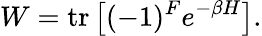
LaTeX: W=\mathrm{tr}\left[(-1)^{F}e^{-\beta H}\right].